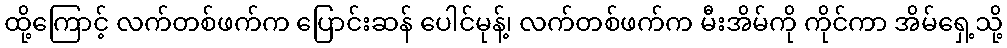
ထို့ကြောင့် လက်တစ်ဖက်က ပြောင်းဆန် ပေါင်မုန့်၊ လက်တစ်ဖက်က မီးအိမ်ကို ကိုင်ကာ အိမ်ရှေ့သို့